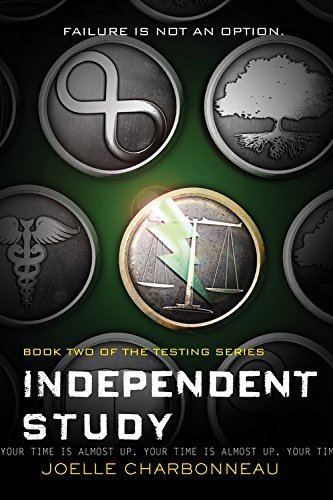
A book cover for Independent Study: The Testing, Book 2; Joelle Charbonneau; Teen & Young Adult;